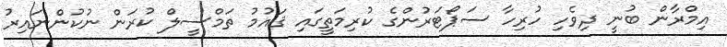
އިމްރާން ބުނީ ދިވެހި ހުރިހާ ސަޕޯޓަރުންގެ ކުރިމަތީގައި ޤައުމު ތަމްސީލް ކުރަން ނުކުންނައިރު